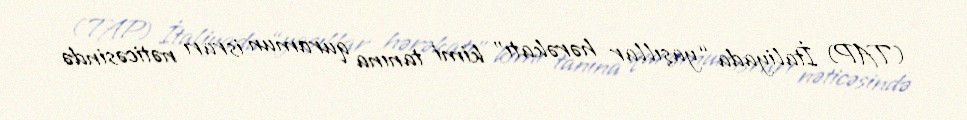
(TAP) İtaliyada “yaşıllar hərəkatı” kimi tanına qurumun israrı nəticəsində